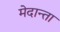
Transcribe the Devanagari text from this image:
मेदान्ता